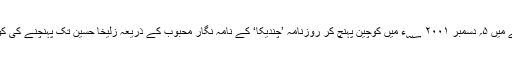
اس سلسلے میں ۵؍ دسمبر ۲۰۰۱ ؁ء میں کوچین پہنچ کر روزنامہ ’چندیکا‘ کے نامہ نگار محبوب کے ذریعہ زُلیخا حُسین تک پہنچنے کی کوشش کی۔